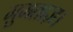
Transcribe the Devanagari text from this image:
मुमताज़।